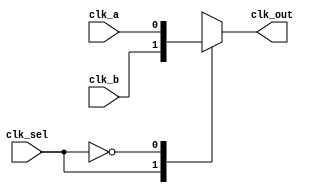
/*
Copyright (c) 2019 Alibaba Group Holding Limited

Permission is hereby granted, free of charge, to any person obtaining a copy of this software and associated documentation files (the "Software"), to deal in the Software without restriction, including without limitation the rights to use, copy, modify, merge, publish, distribute, sublicense, and/or sell copies of the Software, and to permit persons to whom the Software is furnished to do so, subject to the following conditions:

The above copyright notice and this permission notice shall be included in all copies or substantial portions of the Software.

THE SOFTWARE IS PROVIDED "AS IS", WITHOUT WARRANTY OF ANY KIND, EXPRESS OR IMPLIED, INCLUDING BUT NOT LIMITED TO THE WARRANTIES OF MERCHANTABILITY, FITNESS FOR A PARTICULAR PURPOSE AND NONINFRINGEMENT. IN NO EVENT SHALL THE AUTHORS OR COPYRIGHT HOLDERS BE LIABLE FOR ANY CLAIM, DAMAGES OR OTHER LIABILITY, WHETHER IN AN ACTION OF CONTRACT, TORT OR OTHERWISE, ARISING FROM, OUT OF OR IN CONNECTION WITH THE SOFTWARE OR THE USE OR OTHER DEALINGS IN THE SOFTWARE.

*/

`define FPGA

module clk_mux2(
clk_sel,
clk_a,
clk_b,
clk_out
);
input	clk_sel;
input	clk_a;
input	clk_b;
output	clk_out;
wire	clk_sel;
wire	clk_a;
wire	clk_b;
`ifdef FPGA
reg 	clk_out;
always @( clk_sel or  clk_a or clk_b)
begin
  case(clk_sel) // synopsys infer_mux
    1'b1: clk_out = clk_b;
    1'b0: clk_out = clk_a;
  endcase
end
`else
wire	clk_out;
Standard_Cell_CLK_MUX2 x_STD_clkmux2 (
	.D0	(clk_a),
	.D1	(clk_b),
	.S	(clk_sel),
	.X	(clk_out)
	);
`endif
endmodule
module gated_clk_cell(
  clk_in,
  global_en,
  module_en,
  local_en,
  external_en,
  pad_yy_test_mode,
  pad_yy_gate_clk_en_b,
  clk_out
);
input  clk_in;
input  global_en;
input  module_en;
input  local_en;
input  external_en;
input  pad_yy_test_mode;
input  pad_yy_gate_clk_en_b;
output clk_out;
wire   clk_en_bf_latch;
wire   SE;
reg    clk_en_af_latch;
assign clk_en_bf_latch = (global_en && (module_en || local_en)) || external_en ;
assign SE	       = pad_yy_test_mode | pad_yy_gate_clk_en_b;
`ifdef FPGA
assign clk_out = clk_in;
`else
Standard_Cell_CLK_GATE x_gated_clk_cell(
             .CK  (clk_in),
             .SE  (SE),
             .EN   (clk_en_bf_latch),
             .Q   (clk_out)
             );
`endif
endmodule